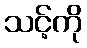
သင့်ကို